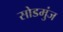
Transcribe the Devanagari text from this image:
सोडमुंज